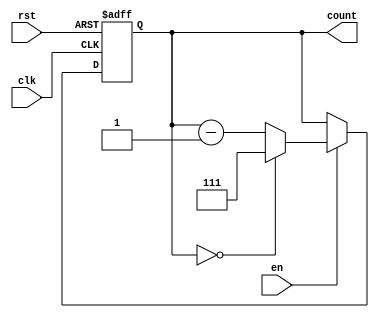
module down_counter_moore #(
    parameter N = 3 // Number of bits for the counter (Adjust as needed)
) (
    input wire clk,         // Clock signal
    input wire rst,         // Asynchronous reset signal
    input wire en,          // Enable signal
    output reg [N-1:0] count // Current count output
);

// State logic
always @(posedge clk or posedge rst) begin
    if (rst) begin
        count <= (1 << N) - 1; // Reset to maximum state (N-1)
    end else if (en) begin
        if (count == 0) begin
            count <= (1 << N) - 1; // Wrap around to maximum state (N-1)
        end else begin
            count <= count - 1; // Decrement the state
        end
    end
    // If en is low, retain the current state
end

endmodule